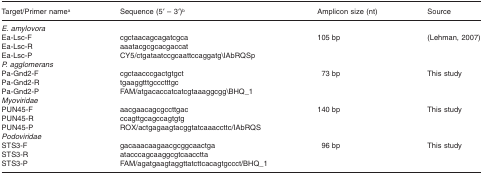
| Target/Primer namea | Sequence (5′ – 3′)b | Amplicon size (nt) | Source |
 | --- | --- | --- | --- |
 | <COLSPAN=4> E. amylovora |
 | Ea-Lsc-F | cgctaacagcagatcgca | 105 bp | (Lehman, 2007) |
 | Ea-Lsc-R | aaatacgcgcacgaccat |  |  |
 | Ea-Lsc-P | CY5/ctgataatccgcaattccaggatg\IAbRQSp |  |  |
 | <COLSPAN=4> P. agglomerans |
 | Pa-Gnd2-F | cgctaacccgactgtgct | 73 bp | This study |
 | Pa-Gnd2-R | tgaaggtttgccctttgc |  |  |
 | Pa-Gnd2-P | FAM/atgacaccatcatcgtaaaggcgg\BHQ_1 |  |  |
 | <COLSPAN=4> Myoviridae |
 | PUN45-F | aacgaacagcgccttgac | 140 bp | This study |
 | PUN45-R | ccagttgcagccagtgtg |  |  |
 | PUN45-P | ROX/actgagaagtacggtatcaaaccttc/IAbRQS |  |  |
 | <COLSPAN=4> Podoviridae |
 | STS3-F | gacaaacaagaacgcggcaactga | 96 bp | This study |
 | STS3-R | atacccagcaaggcgtcaacctta |  |  |
 | STS3-P | FAM/agatgaagtaggttatcttcacagtgccct/BHQ_1 |  |  |